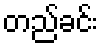
တည်ခင်း